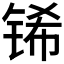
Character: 𮸌